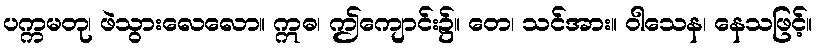
ပက္ကမတု၊ ဖဲသွားလေလော။ ဣဓ၊ ဤကျောင်း၌။ တေ၊ သင်အား။ ဝါသေန၊ နေသဖြင့်။